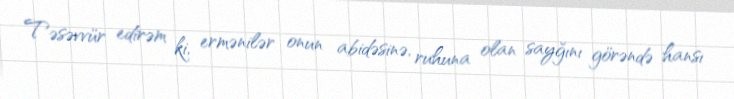
Təsəvvür edirəm ki, ermənilər onun abidəsinə, ruhuna olan sayğını görəndə hansı